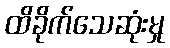
ထိခိုက်သေဆုံးမှု